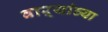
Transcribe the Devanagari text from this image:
वाऱ्यांच्या